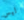
ليس